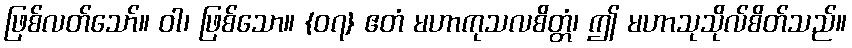
ဖြစ်လတ်သော်။ ဝါ၊ ဖြစ်သော။ {၀၇} ဧတံ မဟာကုသလစိတ္တံ၊ ဤ မဟာသုသိုလ်စိတ်သည်။